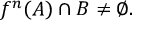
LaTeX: f ^ { n } ( A ) \cap B \neq \varnothing .